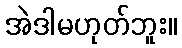
အဲဒါမဟုတ်ဘူး။